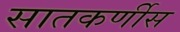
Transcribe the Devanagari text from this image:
सातकर्णीस